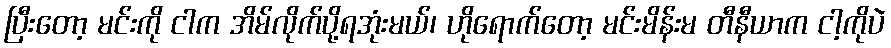
ပြီးတော့ မင်းကို ငါက အိမ်လိုက်ပို့ရအုံးမယ်၊ ဟိုရောက်တော့ မင်းမိန်းမ တီနီယာက ငါ့ကိုပဲ